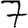
Digit: 7